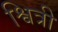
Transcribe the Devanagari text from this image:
श्वित्री